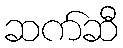
ဆက်ဆီ